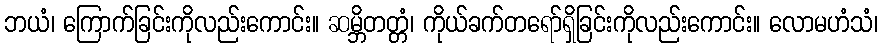
ဘယံ၊ ကြောက်ခြင်းကိုလည်းကောင်း။ ဆမ္ဘိတတ္တံ၊ ကိုယ်ခက်တရော်ရှိခြင်းကိုလည်းကောင်း။ လောမဟံသံ၊